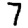
Digit: 7